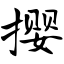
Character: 撄